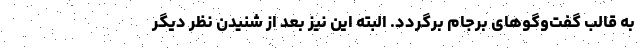
به قالب گفت‌وگوهای برجام برگردد. البته این نیز بعد از شنیدن نظر دیگر